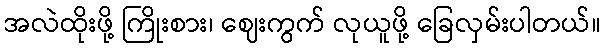
အလဲထိုးဖို့ ကြိုးစား၊ ဈေးကွက် လုယူဖို့ ခြေလှမ်းပါတယ်။